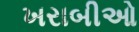
ખરાબીઓ